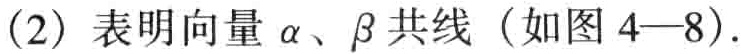
(2) 表明向量\(\alpha\)、\(\beta\)共线（如图 4—8）.